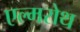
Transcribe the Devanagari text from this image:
एल्मरोथ